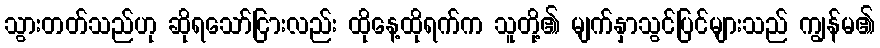
သွားတတ်သည်ဟု ဆိုရသော်ငြားလည်း ထိုနေ့ထိုရက်က သူတို့၏ မျက်နှာသွင်ပြင်များသည် ကျွန်မ၏